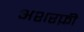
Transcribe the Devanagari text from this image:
अशरफ़ी